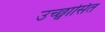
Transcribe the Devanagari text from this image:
उच्छ्वासित